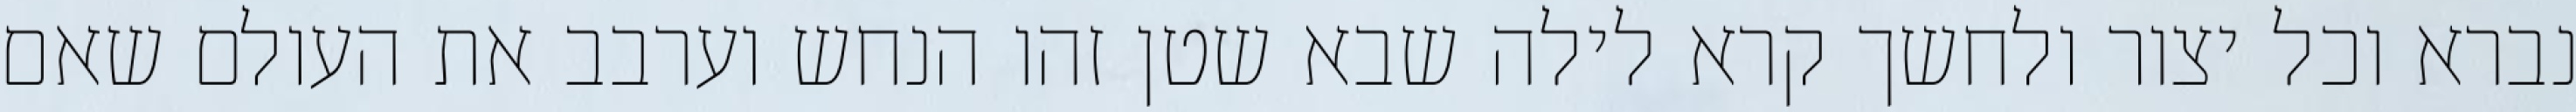
נברא וכל יצור ולחשך קרא לילה שבא שטן זהו הנחש וערבב את העולם שאם